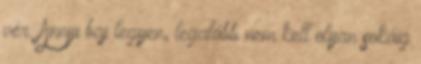
vér. Annyi baj legyen, legalább nem kell olyan sokáig